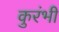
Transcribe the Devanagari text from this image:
कुरंभी